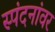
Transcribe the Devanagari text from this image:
स्पंदनांवर